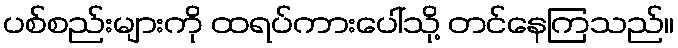
ပစ်စည်းများကို ထရပ်ကားပေါ်သို့ တင်နေကြသည်။